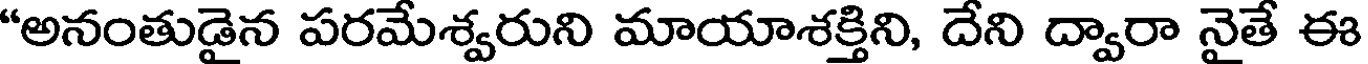
"అనంతుడైన పరమేశ్వరుని మాయాశక్తిని, దేని ద్వారా నైతే ఈ